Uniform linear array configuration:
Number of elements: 48
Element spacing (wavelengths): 0.5
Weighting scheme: binomial
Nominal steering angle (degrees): -15
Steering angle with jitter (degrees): -13.728
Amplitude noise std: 0.05
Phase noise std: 0.05

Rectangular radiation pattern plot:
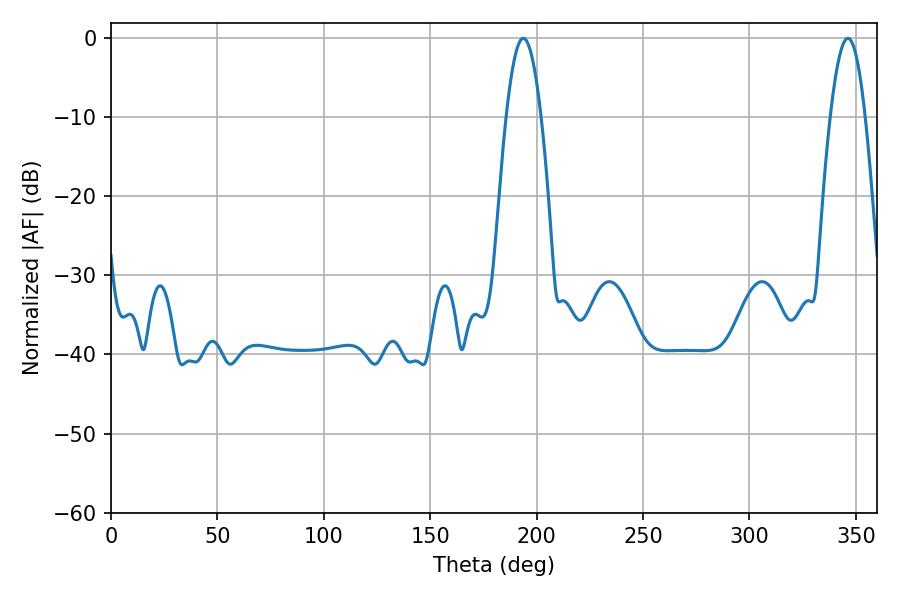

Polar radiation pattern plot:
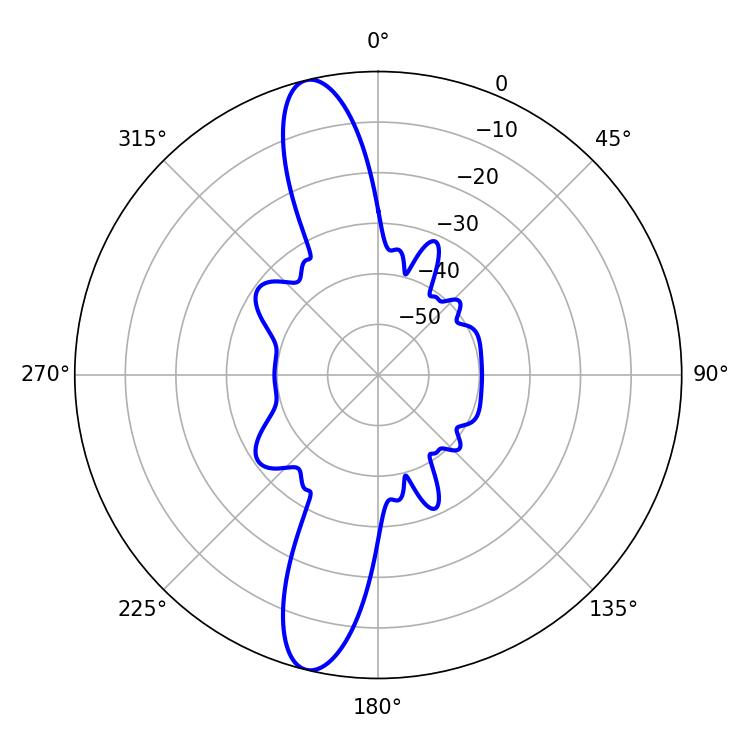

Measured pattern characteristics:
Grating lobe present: FALSE
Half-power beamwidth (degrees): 8.82
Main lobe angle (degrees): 193.68